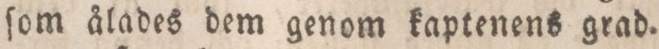
ſom ålades dem genom kaptenens grad.